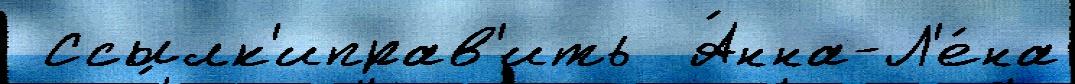
 Ссылк'иправ'ить  А́нна-Л'е́на